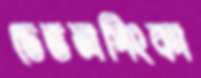
ডেভলপিংকা